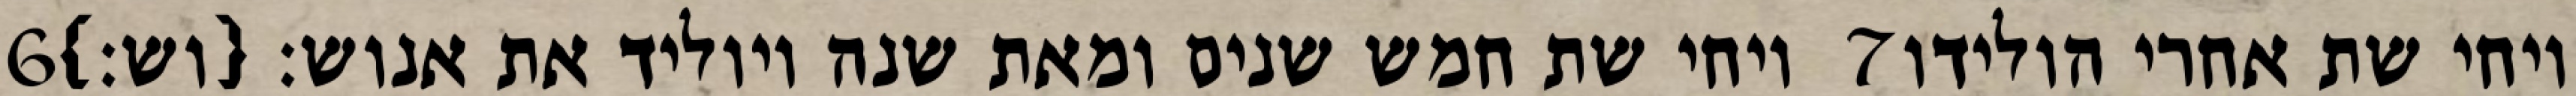
‎6‏ ויחי שת חמש שנים ומאת שנה ויוליד את אנוש׃ {וש׃} ‎7‏ ויחי שת אחרי הולידו